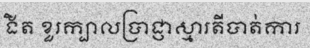
ងិត ខួរក្បាលប្រាជ្ញាស្មារតីបាត់ការ